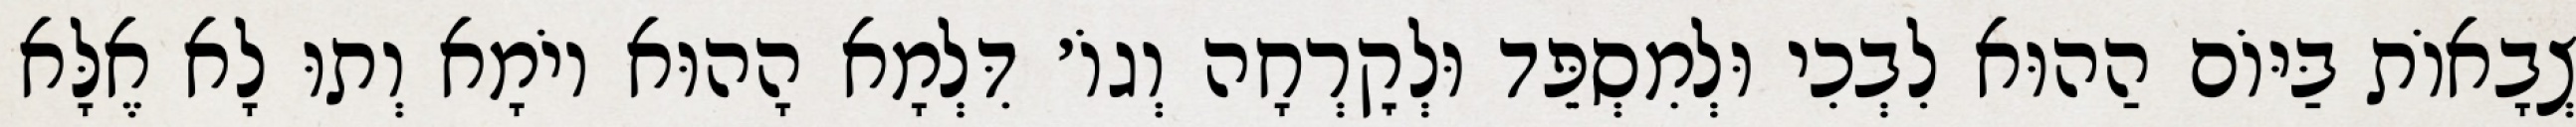
צְבָאוֹת בַּיּוֹם הַהוּא לִבְכִי וּלְמִסְפֵּד וּלְקׇרְחָה וְגוֹ׳ דִּלְמָא הָהוּא יוֹמָא וְתוּ לָא אֶלָּא